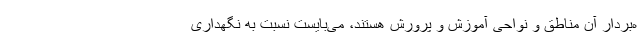
ه‌بردار آن مناطق و نواحی آموزش و پرورش هستند، می‌بایست نسبت به نگهداری